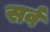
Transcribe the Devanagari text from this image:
सर्व